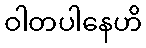
ဝါတပါနေဟိ